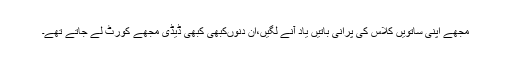
مجھے اپنی ساتویں کلاس کی پُرانی باتیں یاد آنے لگیں،اُن دنوںکبھی کبھی ڈیڈی مجھے کورٹ لے جاتے تھے۔